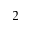
^ 2